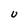
Character: U